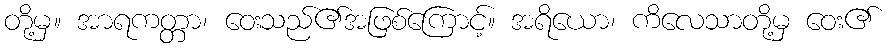
တို့မှ။ အာရကတ္တာ၊ ဝေးသည်၏အဖြစ်ကြောင့်။ အရိယော၊ ကိလေသာတို့မှ ဝေး၏